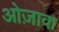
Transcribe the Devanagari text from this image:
ओज़ावा